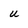
Character: u